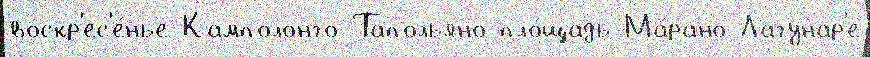
воскр'ес'е́нье Камполонго-Тапольяно пло́щадь Ма́рано-Лагунар'е